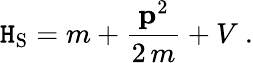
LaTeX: \mathtt{H}_{\mathrm{{S}}}=m+\frac{{{\mathbf{p}}^{2}}}{{2\, m}}+V\ .